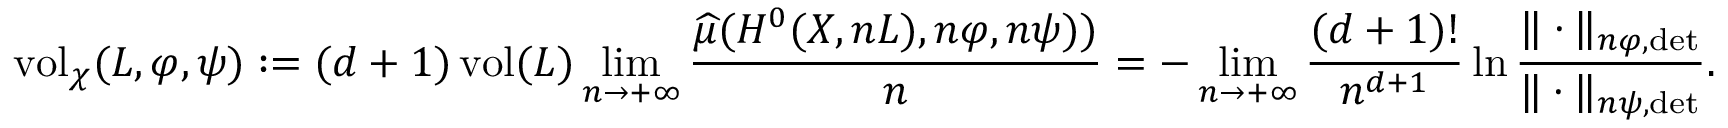
\begin{array} { r } { \operatorname { v o l } _ { \chi } ( L , \varphi , \psi ) : = \displaystyle ( d + 1 ) \operatorname { v o l } ( L ) \operatorname* { l i m } _ { n \to + \infty } \frac { \widehat { \mu } ( H ^ { 0 } ( X , n L ) , n \varphi , n \psi ) ) } { n } = - \operatorname* { l i m } _ { n \to + \infty } \frac { ( d + 1 ) ! } { n ^ { d + 1 } } \ln \frac { \| \cdot \| _ { n \varphi , \operatorname* { d e t } } } { \| \cdot \| _ { n \psi , \operatorname* { d e t } } } . } \end{array}